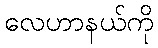
လေဟာနယ်ကို